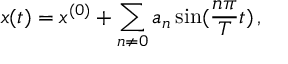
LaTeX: x ( t ) = x ^ { ( 0 ) } + \sum _ { n \neq 0 } a _ { n } \sin ( \frac { n \pi } { T } t ) \, , \nonumber